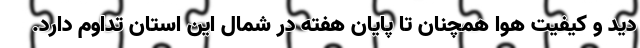
دید و کیفیت هوا همچنان تا پایان هفته در شمال این استان تداوم دارد.